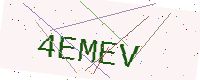
Text: 4EMEV